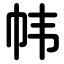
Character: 帏